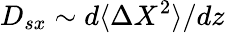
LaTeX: D_{sx}\sim d\langle\Delta X^{2}\rangle/dz